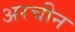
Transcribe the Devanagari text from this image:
अरचीन